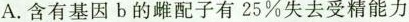
A.含有基因b的雌配子有25%失去受精能力